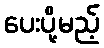
ပေးပို့မည့်